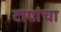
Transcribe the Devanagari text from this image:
टापांचा